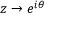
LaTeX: z \to e ^ { i \theta }